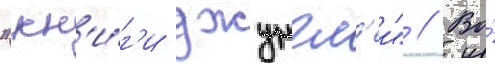
"кн'и́г'и джунгл'еи" // Во́